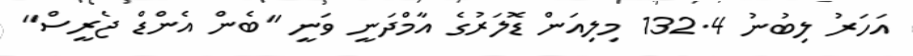
އަހަރު ލިބުނު 132.4 މިލިއަން ޑޮލަރުގެ އާމްދަނީ ވަނީ "ބެން އެންޑް ޖެރީސް"